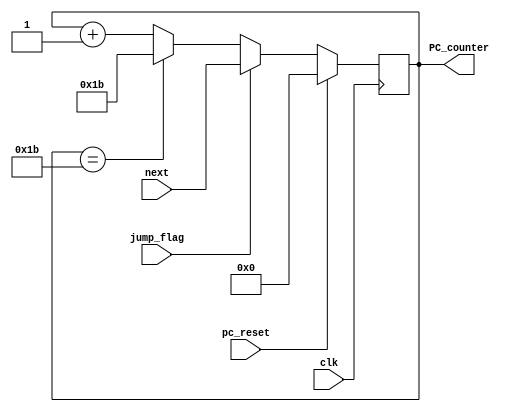
	module PC(
		input pc_reset,
		input clk,
		input [15:0] next,
		input jump_flag,
		output[15:0] PC_counter
	);
		reg [15:0 ]PC_cont;
		assign PC_counter = PC_cont;

		//parameter next_pc = 0;
		
		always @(posedge clk) begin
			if(pc_reset) begin
				PC_cont <= 0;
				end
			else begin
			/*
				if (jump_flag) begin
					next_pc = PC_cont +{{16{next[8]}}, next[8:0]};
					if(next_pc > 27) begin
						next_pc = 27;
					end
					PC_cont <= next_pc;
					end
				else begin
				if (PC_cont < 27) begin
						PC_cont = PC_cont+1;
						end
				end
			end
		end
		*/
				if (jump_flag) begin
					PC_cont <= next;
					end
				else begin
					if (PC_cont == 27) begin
						PC_cont <= 27;
						end
					else begin
					PC_cont <= PC_cont + 1;
					end
				end
			end
		end
	endmodule